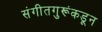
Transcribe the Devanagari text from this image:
संगीतगुरूंकडून